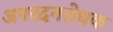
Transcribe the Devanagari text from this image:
अपरदनरोधक